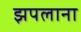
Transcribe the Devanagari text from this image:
झपलाना